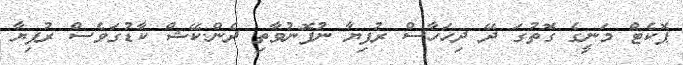
ޕޮކެޓް މަނީގެ ގޮތުގަ ދޭ ދިހަހާސް ރުފިޔާ ނުފޮނުވާތި ދެން.ކޭޝް ކާޑުގަވެސް ރުފިޔާ